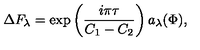
\Delta F _ { \lambda } = \exp \left( \frac { i \pi \tau } { C _ { 1 } - C _ { 2 } } \right) a _ { \lambda } ( \Phi ) ,